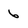
Character: 6